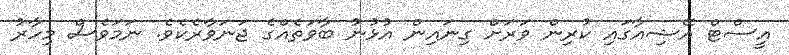
އީސްޓް އޭޝިއާގައި ކުރިން ވަރަށް ގިނައިން އުޅުނު ބާވަތެއްގެ ޖަނަވާރެކެވެ. ނަމަވެސް މިހާރު